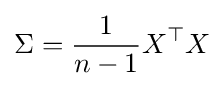
\Sigma ={\frac {1}{n-1}}X^{\top }X